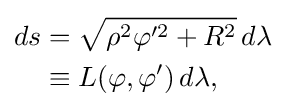
{\begin{aligned}ds&={\sqrt {\rho ^{2}\varphi '^{2}+R^{2}}}\,d\lambda \\&\equiv L(\varphi ,\varphi ')\,d\lambda ,\end{aligned}}